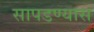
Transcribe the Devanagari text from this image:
सापडण्यास